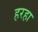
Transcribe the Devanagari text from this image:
हरहा